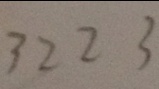
3 2 2 3